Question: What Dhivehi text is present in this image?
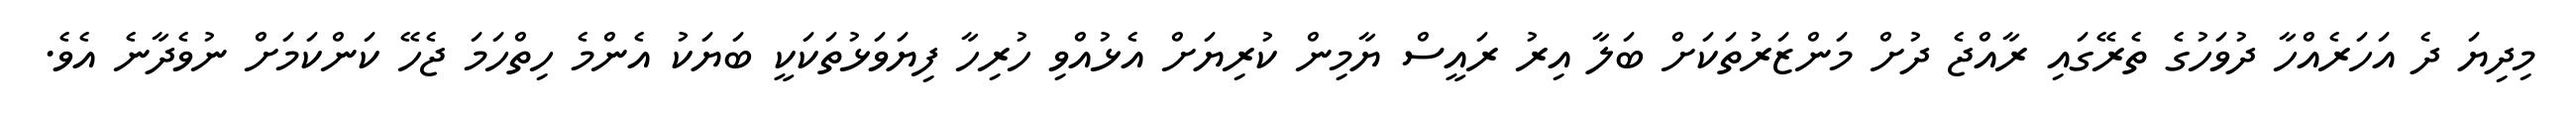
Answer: މިދިޔަ ދެ އަހަރެއްހާ ދުވަހުގެ ތެރޭގައި ރާއްޖެ ދުށް މަންޒަރުތަކަށް ބަލާ އިރު ރައީސް ޔާމިން ކުރިޔަށް އެޅުއްވި ހުރިހާ ފިޔަވަޅުތަކަކީ ބަޔަކު އެންމެ ހިތްހަމަ ޖެހޭ ކަންކަމަށް ނުވެދާނެ އެވެ.